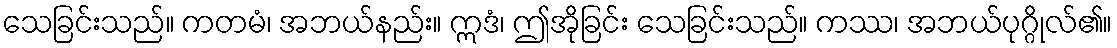
သေခြင်းသည်။ ကတမံ၊ အဘယ်နည်း။ ဣဒံ၊ ဤအိုခြင်း သေခြင်းသည်။ ကဿ၊ အဘယ်ပုဂ္ဂိုလ်၏။